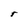
Character: r